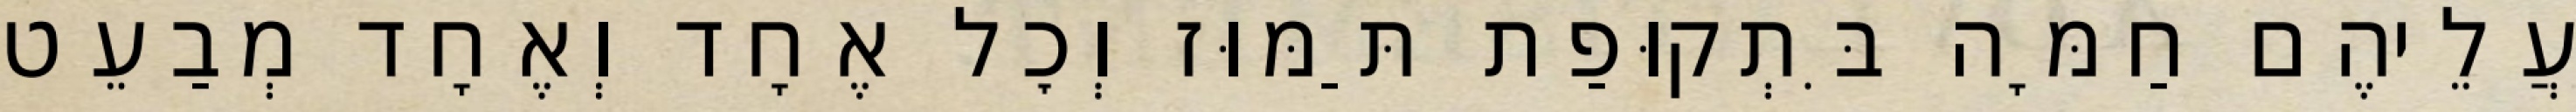
עֲלֵיהֶם חַמָּה בִּתְקוּפַת תַּמּוּז וְכׇל אֶחָד וְאֶחָד מְבַעֵט